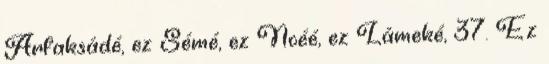
Arfaksádé, ez Sémé, ez Noéé, ez Lámeké, 37. Ez